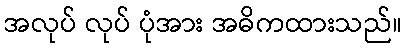
အလုပ် လုပ် ပုံအား အဓိကထားသည်။